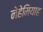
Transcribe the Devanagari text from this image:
नेहेमियाह